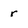
Character: r